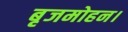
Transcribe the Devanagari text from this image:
बृजमोहन।